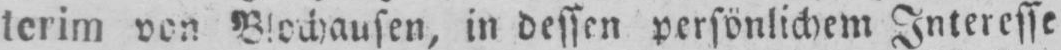
terim von Blochausen, in dessen persönlichem Interesse